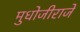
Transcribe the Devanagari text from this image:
मुधोजीराजे